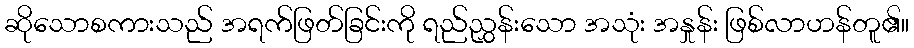
ဆိုသောစကားသည် အရက်ဖြတ်ခြင်းကို ရည်ညွှန်းသော အသုံး အနှုန်း ဖြစ်လာဟန်တူ၏။